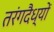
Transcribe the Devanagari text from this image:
तरंगदैध्यों